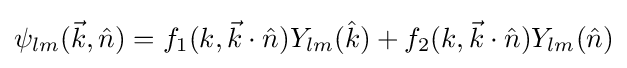
\psi _{lm}({\vec {k}},{\hat {n}})=f_{1}(k,{\vec {k}}\cdot {\hat {n}})Y_{lm}({\hat {k}})+f_{2}(k,{\vec {k}}\cdot {\hat {n}})Y_{lm}({\hat {n}})